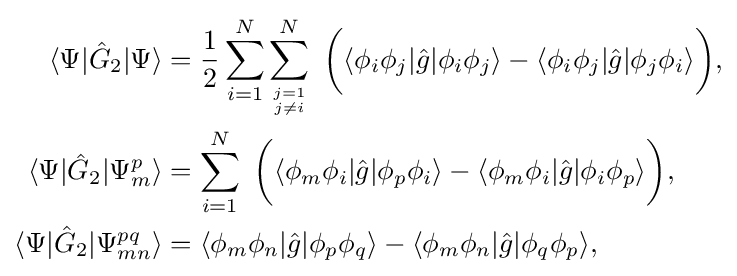
{\begin{aligned}\langle \Psi |{\hat {G}}_{2}|\Psi \rangle &={\frac {1}{2}}\sum _{i=1}^{N}\sum _{j=1 \atop {j\neq i}}^{N}\ {\bigg (}\langle \phi _{i}\phi _{j}|{\hat {g}}|\phi _{i}\phi _{j}\rangle -\langle \phi _{i}\phi _{j}|{\hat {g}}|\phi _{j}\phi _{i}\rangle {\bigg )},\\\langle \Psi |{\hat {G}}_{2}|\Psi _{m}^{p}\rangle &=\sum _{i=1}^{N}\ {\bigg (}\langle \phi _{m}\phi _{i}|{\hat {g}}|\phi _{p}\phi _{i}\rangle -\langle \phi _{m}\phi _{i}|{\hat {g}}|\phi _{i}\phi _{p}\rangle {\bigg )},\\\langle \Psi |{\hat {G}}_{2}|\Psi _{mn}^{pq}\rangle &=\langle \phi _{m}\phi _{n}|{\hat {g}}|\phi _{p}\phi _{q}\rangle -\langle \phi _{m}\phi _{n}|{\hat {g}}|\phi _{q}\phi _{p}\rangle ,\end{aligned}}